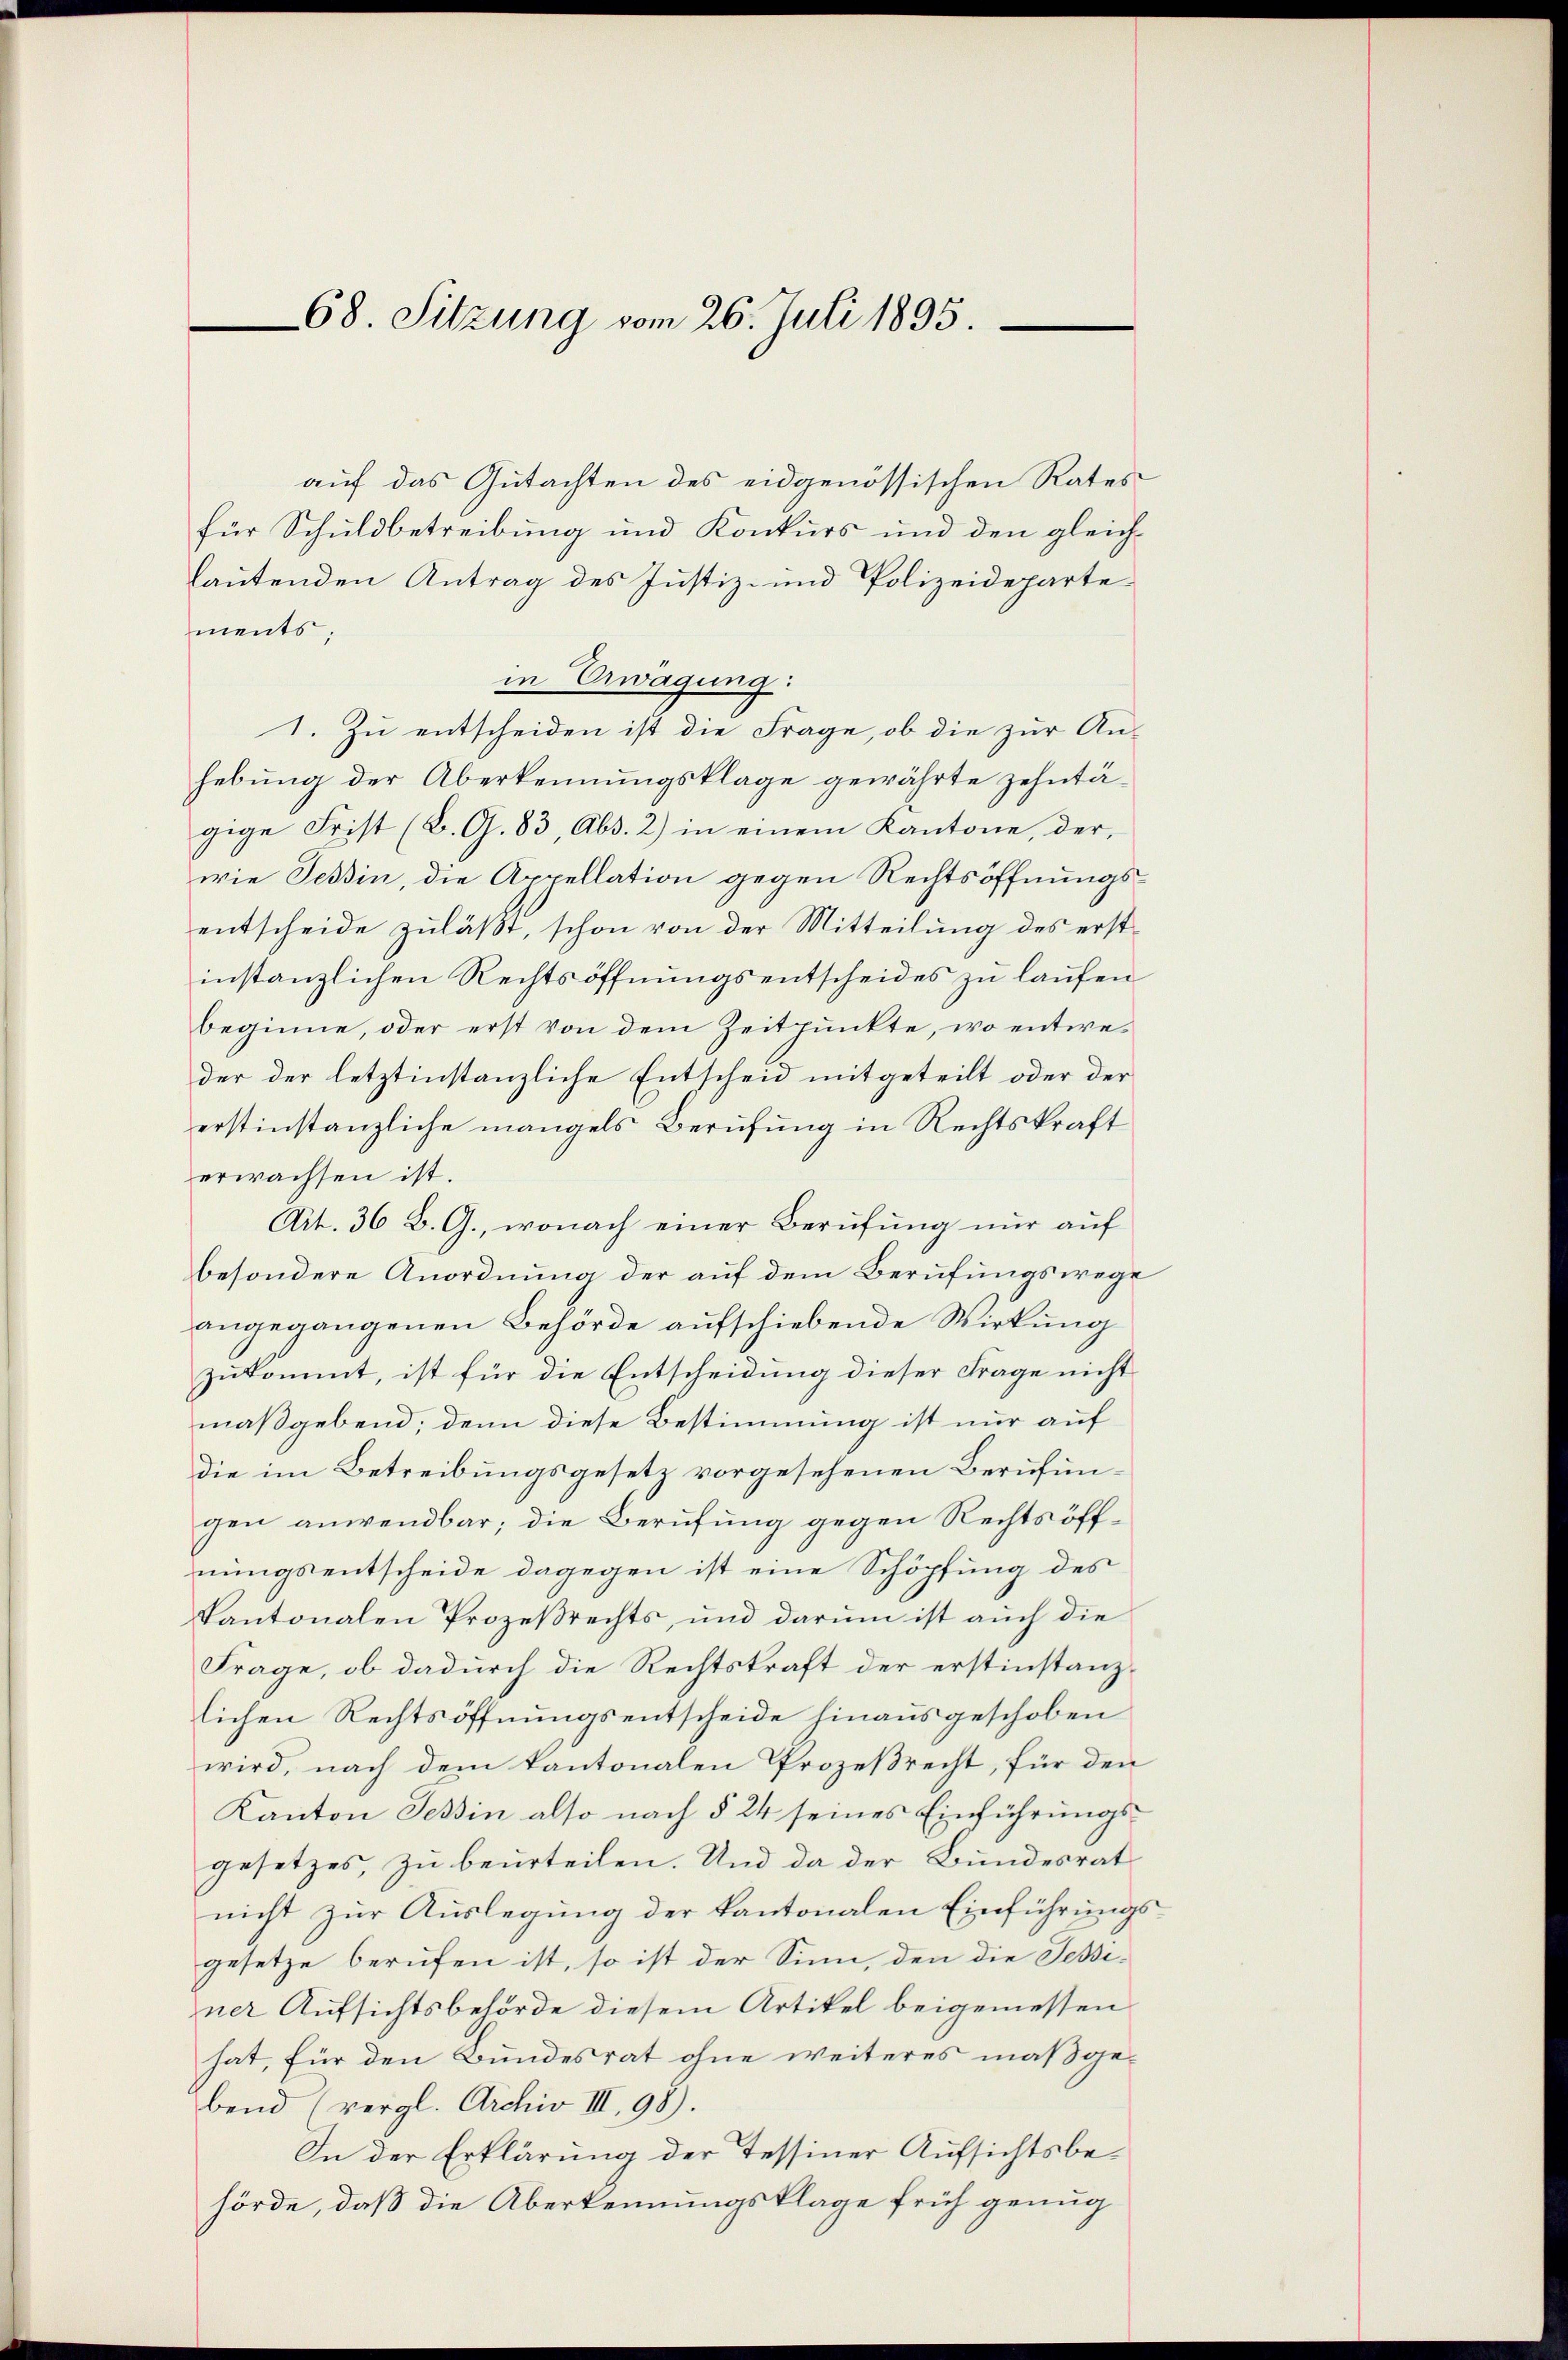
68. Sitzung vom 26. Juli 1895.

auf das Gutachten des eidgenössischen Rates
für Schuldbetreibung und Konkurs und den gleich-
lautenden Antrag des Justiz- und Polizeideparte
ments;
in Erwägung:
1. Zu entscheiden ist die Frage, ob die zur An-
hebung der Aberkennungsklage gewährte zehntägige Frist (B. G. 83, Abs. 2) in einem Kantone, der,
wie Tessin, die Appellation gegen Rechtsöffnungsentscheide zuläßt, schon von der Mitteilung des erstinstanzlichen Rechtsöffnungsentscheides zu laufen
beginne, oder erst von dem Zeitpunkte, wo entweder der letztinstanzliche Entscheid mitgeteilt oder der
erstinstanzliche mangels Berufung in Rechtskraft
erwachsen ist.
Art. 36 B. G., wonach einer Berufung nur auf
besondere Anordnung der auf dem Berufungswege
angegangenen Behörde aufschiebende Wirkung
zukommt, ist für die Entscheidung dieser Frage nicht
maßgebend, denn diese Bestimmung ist nur auf
die im Betreibungsgesetz vorgesehenen Berufungen anwendbar; die Berufung gegen Rechts öffnungsentscheide dagegen ist eine Schöpfung des
Kantonalen Prozeßrechts, und darum ist auch die
Frage, ob dadurch die Rechtskraft der erstinstanzlichen Rechtsöffnungsentscheide hinausgeschoben
wird, nach dem kantonalen Prozeßrecht, für den
Kanton Tessin also nach § 24 seines Einführungsgesetzes, zu beurteilen. Und da der Bundesrat
nicht zur Auslegung der kantonalen Einführungsgesetze berufen ist, so ist der Sinn, den die Jeßiner Aufsichtsbehörde diesem Artikel beigemessen
hat, für den Bundesrat ohne weiteres maßgebend (vergl. Archiv III, 98).
In der Erklärung der Tessiner Aufsichtsbehörde, daß die Überkennungsklage früh genug